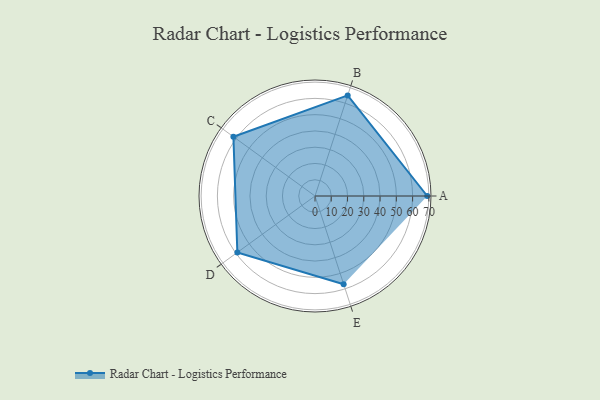
{"axis": {"x": "Skill", "y": "Score"}, "legend": ["Profile"], "data": [{"x": "A", "y": 69.0, "type": "Profile"}, {"x": "B", "y": 65.0, "type": "Profile"}, {"x": "C", "y": 62.0, "type": "Profile"}, {"x": "D", "y": 59.0, "type": "Profile"}, {"x": "E", "y": 57.0, "type": "Profile"}]}